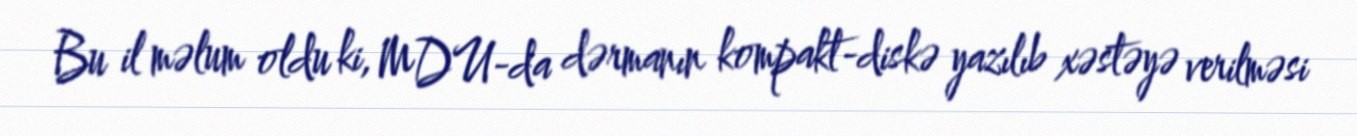
Bu il məlum oldu ki, MDU-da dərmanın kompakt-diskə yazılıb xəstəyə verilməsi